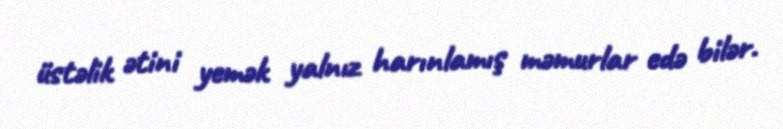
üstəlik ətini yemək yalnız harınlamış məmurlar edə bilər.